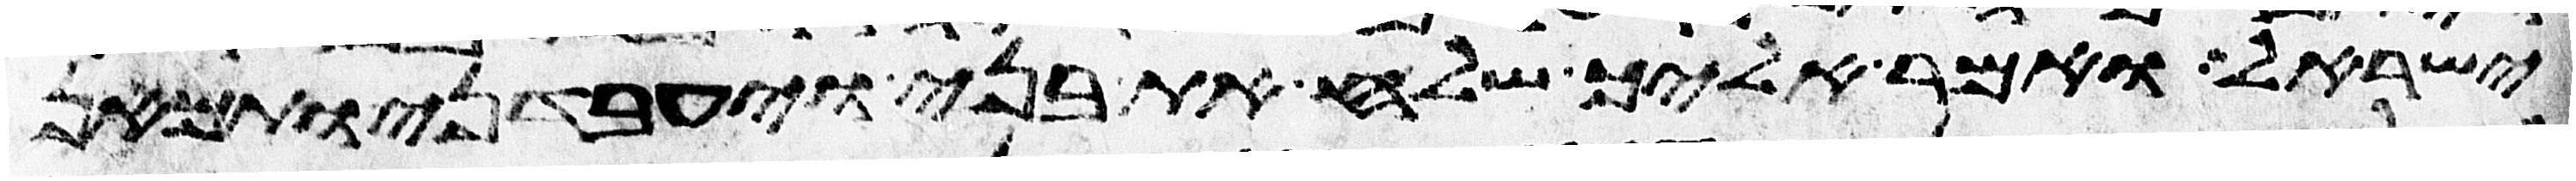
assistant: ישראל ואמר אליך שלח את בני ויעבדני ותמאן